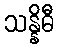
သန္နိဓီ